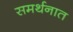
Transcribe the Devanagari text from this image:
समर्थनात